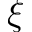
\xi